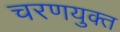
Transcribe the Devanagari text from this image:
चरणयुक्त